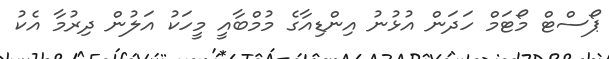
ޕޯސްޓް މޯޓަމް ހަދަން އުުޅުނު އިންޑިއާގެ މުމްބާއީ މީހަކު އަލުން ދިރުމާ އެކު